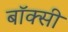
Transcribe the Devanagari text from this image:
बॉक्सी